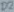
Text: D2